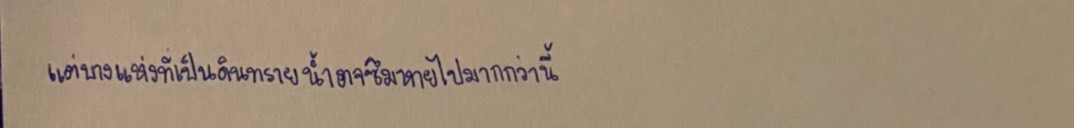
แต่บางแห่งที่เป็นดินทรายน้ำอาจซึมหายไปมากกว่านี้